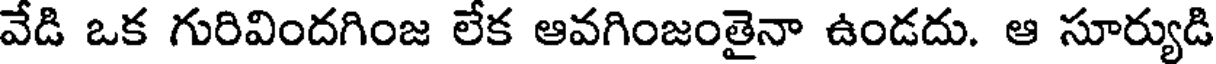
వేడి ఒక గురివిందగింజ లేక ఆవగింజంతైనా ఉండదు. ఆ సూర్యుడి